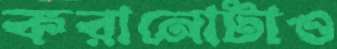
করানোটাও